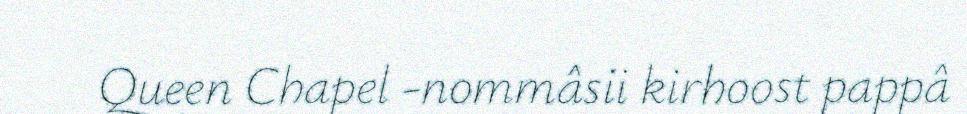
Queen Chapel -nommâsii kirhoost pappâ